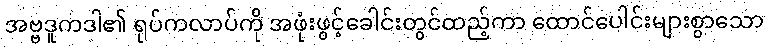
အဗ္ဗဒူကဒါ၏ ရုပ်ကလာပ်ကို အဖုံးဖွင့်ခေါင်းတွင်ထည့်ကာ ထောင်ပေါင်းများစွာသော